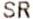
SR